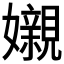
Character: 𡤅